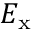
E _ { \mathrm { x } }